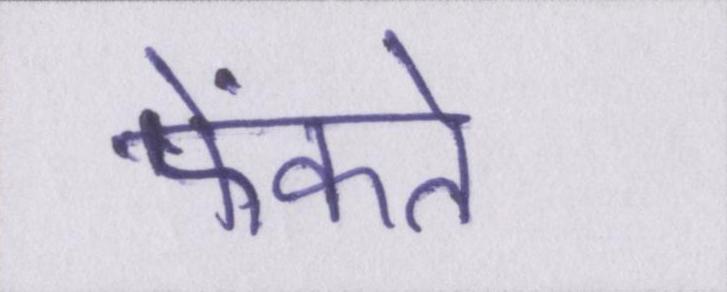
फेंकते